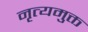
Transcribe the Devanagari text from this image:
नृत्यमुक्त